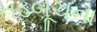
તડબૂચના